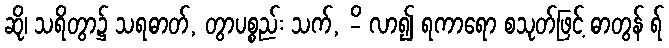
ဆို၊ သရိတွာ၌ သရဓာတ်, တွာပစ္စည်း သက်, -ိ လာ၍ ရကာရော စသုတ်ဖြင့် ဓာတွန် ရ်